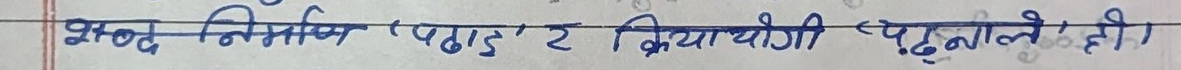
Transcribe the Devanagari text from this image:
शब्द निर्माण 'पढाई' र क्रियायोगी 'पढ्नाले' ही।